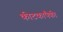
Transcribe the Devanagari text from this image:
कीटकापैकी